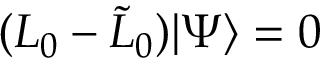
( L _ { 0 } - { \tilde { L } } _ { 0 } ) | \Psi \rangle = 0